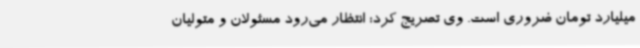
میلیارد تومان ضروری است. وی تصریج کرد: انتظار می‌رود مسئولان و متولیان